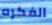
الفكره